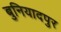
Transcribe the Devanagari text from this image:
बुनियादपुर